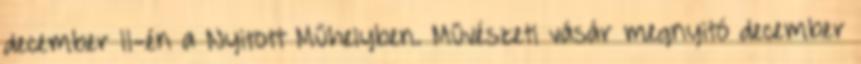
december 11-én a Nyitott Műhelyben. Művészeti vásár megnyitó december